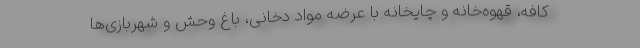
کافه، قهوه‌خانه و چایخانه با عرضه مواد دخانی، باغ وحش و شهربازی‌ها